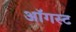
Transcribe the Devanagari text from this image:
अाॅगस्ट